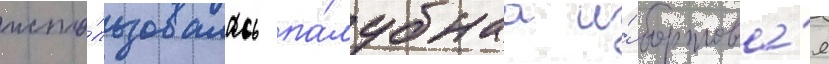
испо́льзовалась па́лубнаа и́ бортова́я